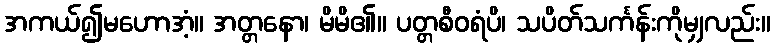
အကယ်၍မဟောအံ့။ အတ္တနော၊ မိမိ၏။ ပတ္တစီဝရံပိ၊ သပိတ်သင်္ကန်းကိုမျှလည်း။